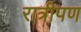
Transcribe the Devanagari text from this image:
रात्रीपण